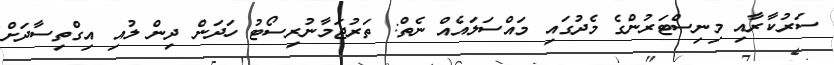
ސަރުކާރާއި މިނިސްޓަރުންގެ މެދުގައި މައްސަލައެއް ނެތް: ތަރުޖަމާނުރިސޯޓު ހަދަން ދިން ލުއި އިގްތިސާދަށް